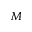
M